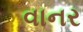
વાનર